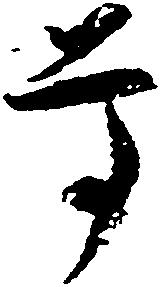
尊